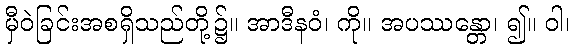
မှီဝဲခြင်းအစရှိသည်တို့၌။ အာဒီနဝံ၊ ကို။ အပဿန္တော၊ ၍။ ဝါ၊